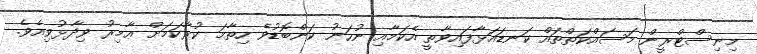
މިނިސްޓްރީން މަސައްކަތްތައް ކަނޑައަޅާފައިވާތީ އެކަމާއި ނުހަނު ކަންބޮޑުވެ ހިތާމަ ކުރާކަމަށް ޢާމިރު ވިދާޅުވިއެވެ.